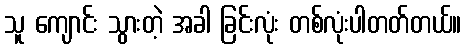
သူ ကျောင်း သွားတဲ့ အခါ ခြင်းလုံး တစ်လုံးပါတတ်တယ်။